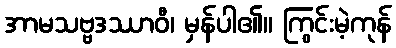
အာမသဗ္ဗဒဿာဝီ၊ မှန်ပါ၏။ ကြွင်းမဲ့ကုန်